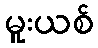
မူးယစ်